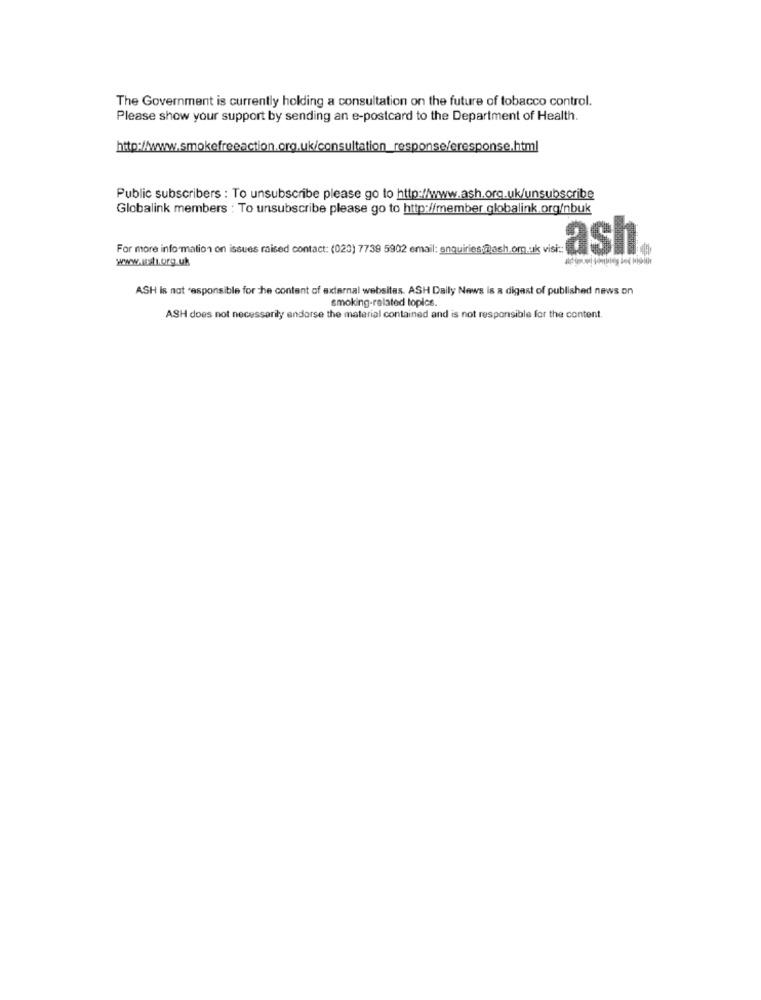
The Government is currently holding a consultation on the future of tobacco control.
Please show your support by sending an e-postcard to the Department of Health.
http://www.smokefreeaction.org.uk/consultation_response/eresponse.html
Public subscribers : To unsubscribe please go to http://www.ash.org.uk/unsubscribe
Globalink members : To unsubscribe please go to http://member globalink.org/nbuk
For more information on issues raised contact: (020) 7739 5902 email: enquiriesDash.org is vis: as
www.wsti.org.uk
ASH Is not 'esponsible for the content of external websites. ASH Daily News is a digast of published news on
smoking-related topics.
ASH does not necessarily endorse the material contained and is not responsible for the content.